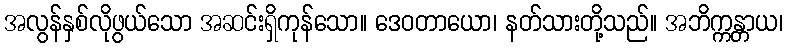
အလွန်နှစ်လိုဖွယ်သော အဆင်းရှိကုန်သော။ ဒေဝတာယော၊ နတ်သားတို့သည်။ အဘိက္ကန္တာယ၊